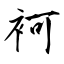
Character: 袔